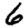
Digit: 6